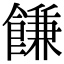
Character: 䭑